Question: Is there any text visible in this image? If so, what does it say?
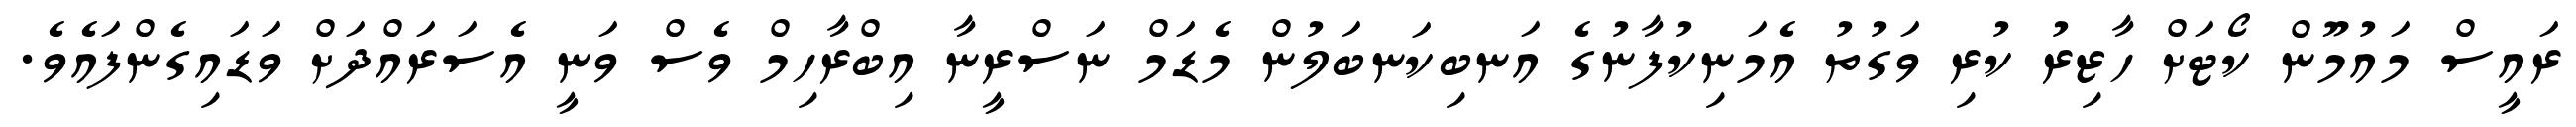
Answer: ރައީސް މައުމޫން ކޯޓަށް ހާޒިރު ކުރި ވަގުތު އެމަނިކުފާނުގެ އަނބިކަނބަލުން މެޑަމް ނަސްރީނާ އިބްރާހިމް ވެސް ވަނީ އެސަރައްދަށް ވަޑައިގެންފައެވެ.